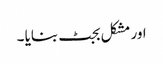
اور مشکل بجٹ بنایا ۔